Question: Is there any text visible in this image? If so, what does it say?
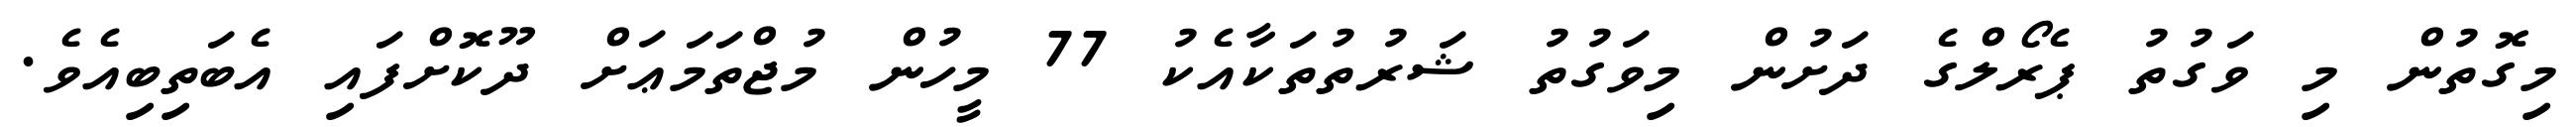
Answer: މިގޮތުން މި ވަގުތު ޕެރޯލްގެ ދަށުން މިވަގުތު ޝަރުތުތަކާއެކު 77 މީހުން މުޖްތަމަޢަށް ދޫކޮށްފައި އެބަތިބިއެވެ.